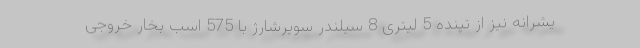
یشرانه نیز از تپنده 5 لیتری 8 سیلندر سوپرشارژ با 575 اسب بخار خروجی